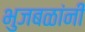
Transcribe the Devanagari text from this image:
भुजबळांनी